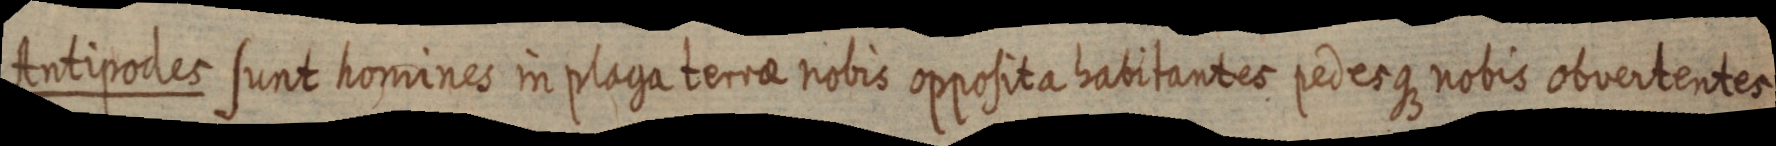
Antipodes sunt homines in plaga terrae nobis opposita habitantes pedesque nobis obvertentes